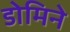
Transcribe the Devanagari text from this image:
डोमिने